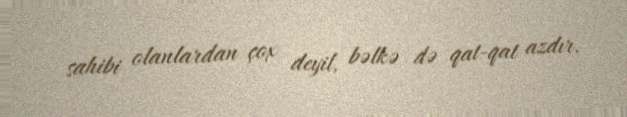
sahibi olanlardan çox deyil, bəlkə də qat-qat azdır.